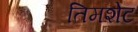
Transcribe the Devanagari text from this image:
तिमशेट